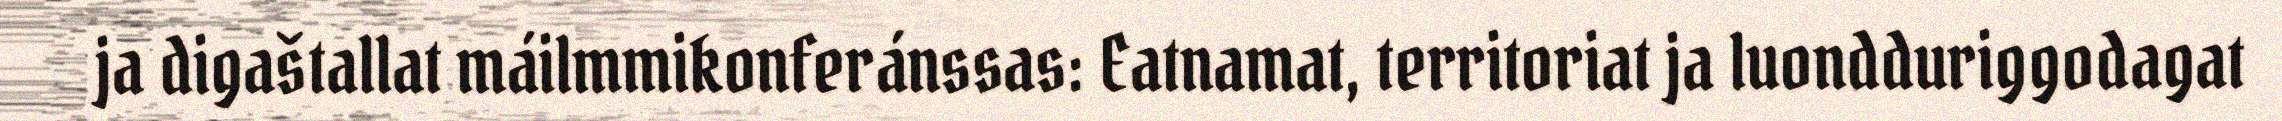
ja digaštallat máilmmikonferánssas: Eatnamat, territoriat ja luondduriggodagat